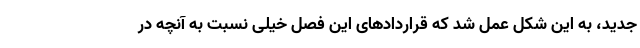
جدید، به این شکل عمل شد که قراردادهای این فصل خیلی نسبت به آنچه در